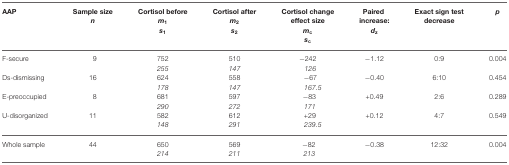
<table><thead><tr><td><b>AAP</b></td><td><b>Sample size <i>n</i></b></td><td><b>Cortisol before <i>m<sub>1</sub></i><i>m<sub>1</sub></i></b></td><td><b>Cortisol after <i>m<sub>2</sub></i><i>m<sub>2</sub></i></b></td><td><b>Cortisol change effect size <i>m<sub>c</sub></i><i>m<sub>c</sub></i></b></td><td><b>Paired increase: <i>d<sub>z</sub></i></b></td><td><b>Exact sign test decrease</b></td><td><b><i>p</i></b></td></tr></thead><tbody><tr><td>F-secure</td><td>9</td><td>752</td><td>510</td><td>−242</td><td>−1.12</td><td>0:9</td><td>0.004</td></tr><tr><td></td><td></td><td><i>255</i></td><td><i>147</i></td><td><i>126</i></td></tr><tr><td>Ds-dismissing</td><td>16</td><td>624</td><td>558</td><td>−67</td><td>−0.40</td><td>6:10</td><td>0.454</td></tr><tr><td></td><td></td><td><i>178</i></td><td><i>147</i></td><td><i>167.5</i></td></tr><tr><td>E-preoccupied</td><td>8</td><td>681</td><td>597</td><td>−83</td><td>+0.49</td><td>2:6</td><td>0.289</td></tr><tr><td></td><td></td><td><i>290</i></td><td><i>272</i></td><td><i>171</i></td></tr><tr><td>U-disorganized</td><td>11</td><td>582</td><td>612</td><td>+29</td><td>+0.12</td><td>4:7</td><td>0.549</td></tr><tr><td></td><td></td><td><i>148</i></td><td><i>291</i></td><td><i>239.5</i></td></tr><tr><td>Whole sample</td><td>44</td><td>650</td><td>569</td><td>−82</td><td>−0.38</td><td>12:32</td><td>0.004</td></tr><tr><td></td><td></td><td><i>214</i></td><td><i>211</i></td><td><i>213</i></td></tr></tbody></table>